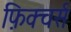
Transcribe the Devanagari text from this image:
फ़िक्चर्स